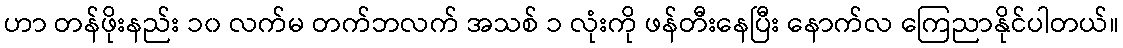
ဟာ တန်ဖိုးနည်း ၁၀ လက်မ တက်ဘလက် အသစ် ၁ လုံးကို ဖန်တီးနေပြီး နောက်လ ကြေညာနိုင်ပါတယ်။